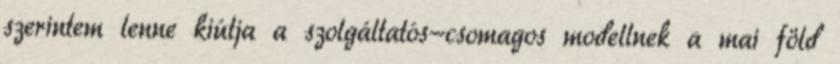
szerintem lenne kiútja a szolgáltatós-csomagos modellnek a mai föld